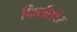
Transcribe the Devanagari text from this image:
फिलीडोर